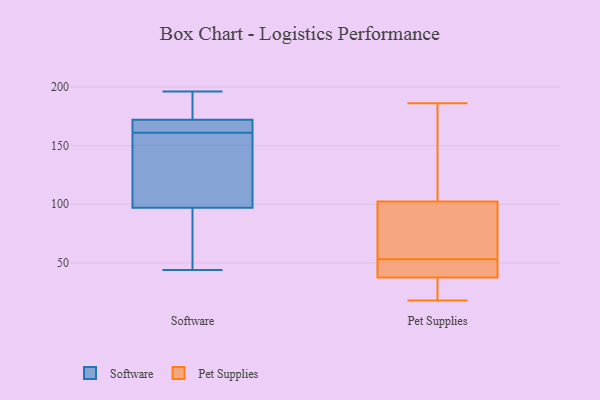
{"axis": {"x": "Website Visitors", "y": "Value"}, "legend": ["Pet Supplies", "Software"], "data": [{"x": "", "y": 172, "type": "Software"}, {"x": "", "y": 196, "type": "Software"}, {"x": "", "y": 160, "type": "Software"}, {"x": "", "y": 70, "type": "Software"}, {"x": "", "y": 164, "type": "Software"}, {"x": "", "y": 97, "type": "Software"}, {"x": "", "y": 44, "type": "Software"}, {"x": "", "y": 155, "type": "Software"}, {"x": "", "y": 162, "type": "Software"}, {"x": "", "y": 187, "type": "Software"}, {"x": "", "y": 53, "type": "Pet Supplies"}, {"x": "", "y": 18, "type": "Pet Supplies"}, {"x": "", "y": 33, "type": "Pet Supplies"}, {"x": "", "y": 56, "type": "Pet Supplies"}, {"x": "", "y": 143, "type": "Pet Supplies"}, {"x": "", "y": 119, "type": "Pet Supplies"}, {"x": "", "y": 27, "type": "Pet Supplies"}, {"x": "", "y": 28, "type": "Pet Supplies"}, {"x": "", "y": 102, "type": "Pet Supplies"}, {"x": "", "y": 103, "type": "Pet Supplies"}, {"x": "", "y": 66, "type": "Pet Supplies"}, {"x": "", "y": 39, "type": "Pet Supplies"}, {"x": "", "y": 91, "type": "Pet Supplies"}, {"x": "", "y": 186, "type": "Pet Supplies"}, {"x": "", "y": 42, "type": "Pet Supplies"}, {"x": "", "y": 52, "type": "Pet Supplies"}, {"x": "", "y": 52, "type": "Pet Supplies"}]}